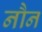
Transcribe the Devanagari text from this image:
नौन